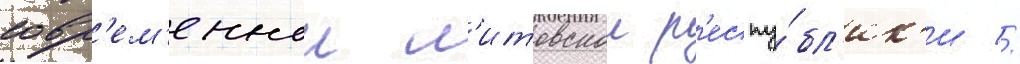
совр'ем'еннои л'итовскои р'еспу́бл'ик'и //